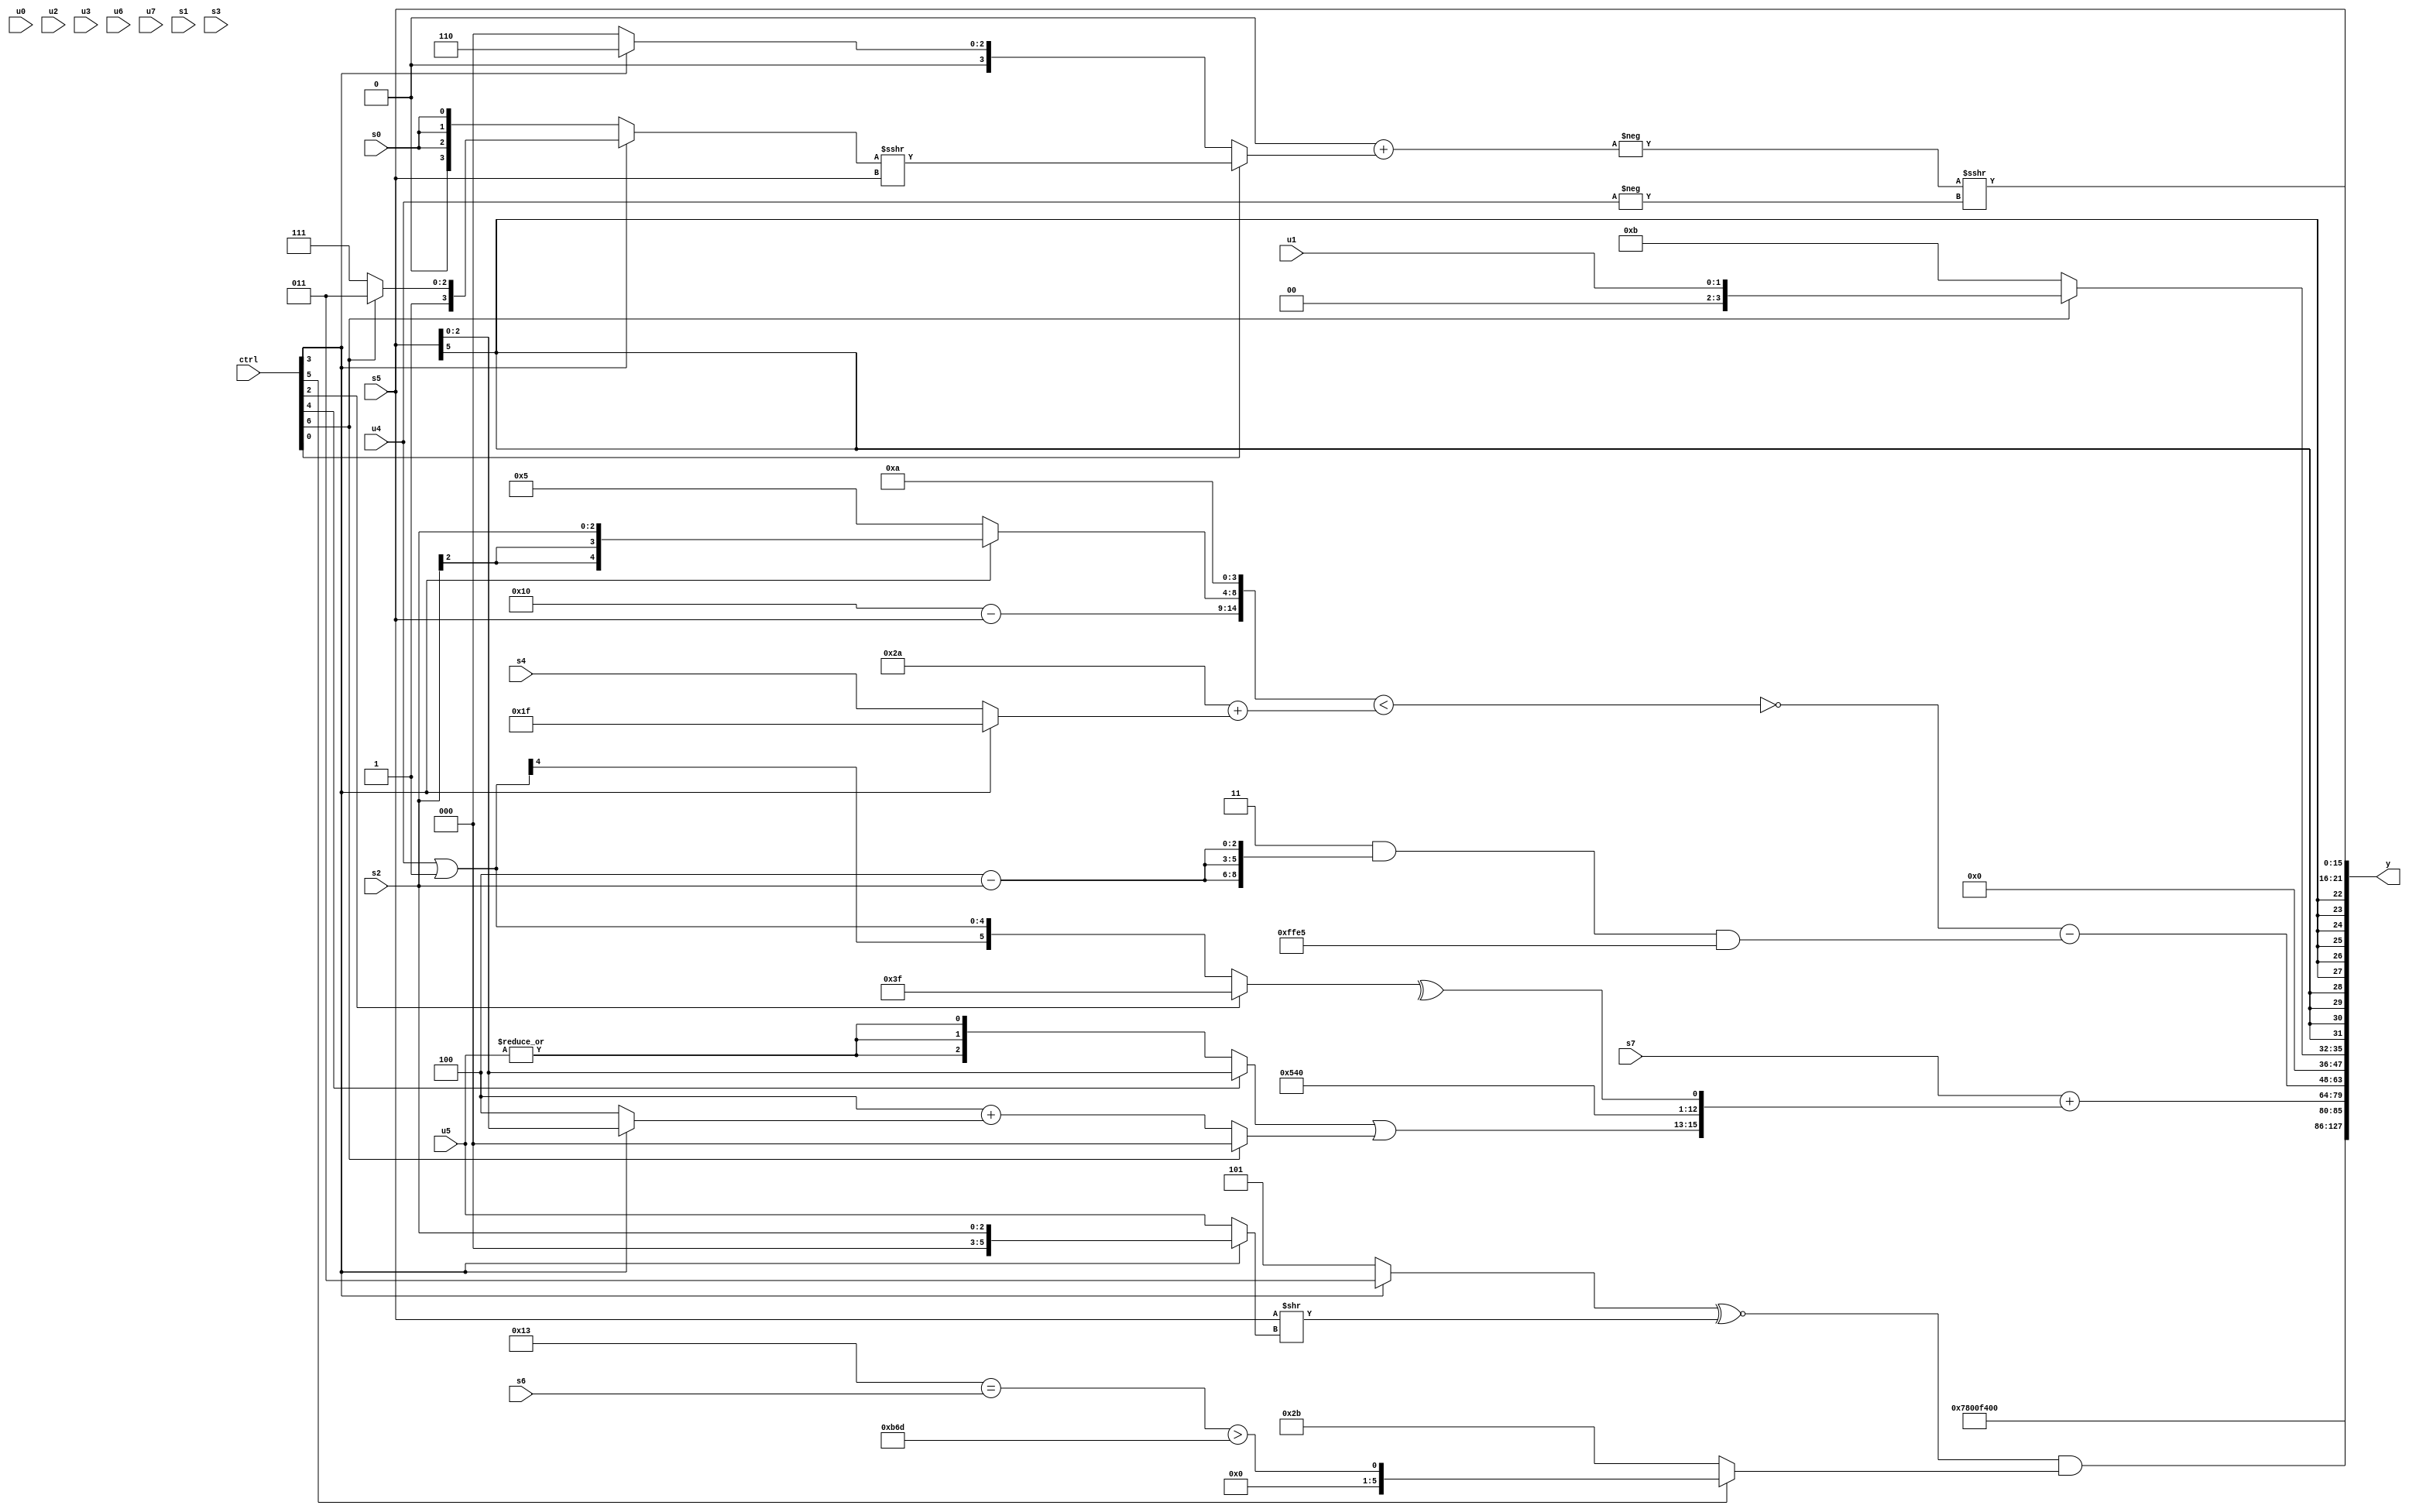
module wideexpr_00753(ctrl, u0, u1, u2, u3, u4, u5, u6, u7, s0, s1, s2, s3, s4, s5, s6, s7, y);
  input [7:0] ctrl;
  input [0:0] u0;
  input [1:0] u1;
  input [2:0] u2;
  input [3:0] u3;
  input [4:0] u4;
  input [5:0] u5;
  input [6:0] u6;
  input [7:0] u7;
  input signed [0:0] s0;
  input signed [1:0] s1;
  input signed [2:0] s2;
  input signed [3:0] s3;
  input signed [4:0] s4;
  input signed [5:0] s5;
  input signed [6:0] s6;
  input signed [7:0] s7;
  output [127:0] y;
  wire [15:0] y0;
  wire [15:0] y1;
  wire [15:0] y2;
  wire [15:0] y3;
  wire [15:0] y4;
  wire [15:0] y5;
  wire [15:0] y6;
  wire [15:0] y7;
  assign y = {y0,y1,y2,y3,y4,y5,y6,y7};
  assign y0 = 6'b011110;
  assign y1 = $unsigned(6'sb111101);
  assign y2 = $unsigned((((ctrl[3]?2'b11:$signed(3'sb101)))^~((s5)>>((ctrl[3]?s2:u5))))&((ctrl[5]?((6'sb110011)==(s6))>({4{3'sb101}}):6'sb101011)));
  assign y3 = (s7)+({((ctrl[4]?s5:$signed(|(+(u5)))))|(+((ctrl[6]?-((s2)>>(5'sb10101)):($signed(+(3'b100)))+(+((ctrl[3]?s5:4'sb0100)))))),6'sb010101,($signed((ctrl[5]?(ctrl[2]?s0:(ctrl[5]?3'sb011:+(5'b11111))):-(6'b001001))))<<<(+(4'sb1010)),^($signed((ctrl[2]?+(2'sb11):$signed(($signed(u4))|(6'sb111111)))))});
  assign y4 = (~|({3{({(5'sb10000)-(s5),(ctrl[3]?s2:5'sb00101),$unsigned(3'b101),&(4'sb1100)})<((6'b101010)+((ctrl[3]?5'sb11111:s4)))}}))-(((4'b0011)&({3{(3'sb100)-(s2)}}))&(-($signed(5'sb11011))));
  assign y5 = $signed((ctrl[6]?+({u1}):$signed(5'sb01011)));
  assign y6 = s5;
  assign y7 = (-(($signed(((ctrl[3]?+({s1,s6}):s5))>>>(4'sb1110)))+((ctrl[0]?$signed(((ctrl[3]?(ctrl[6]?4'sb1011:4'sb1111):(s0)>>(2'sb01)))>>>(s5)):(ctrl[3]?(+({1{4'sb0110}}))>>(1'sb0):1'sb0)))))>>>(-(u4));
endmodule